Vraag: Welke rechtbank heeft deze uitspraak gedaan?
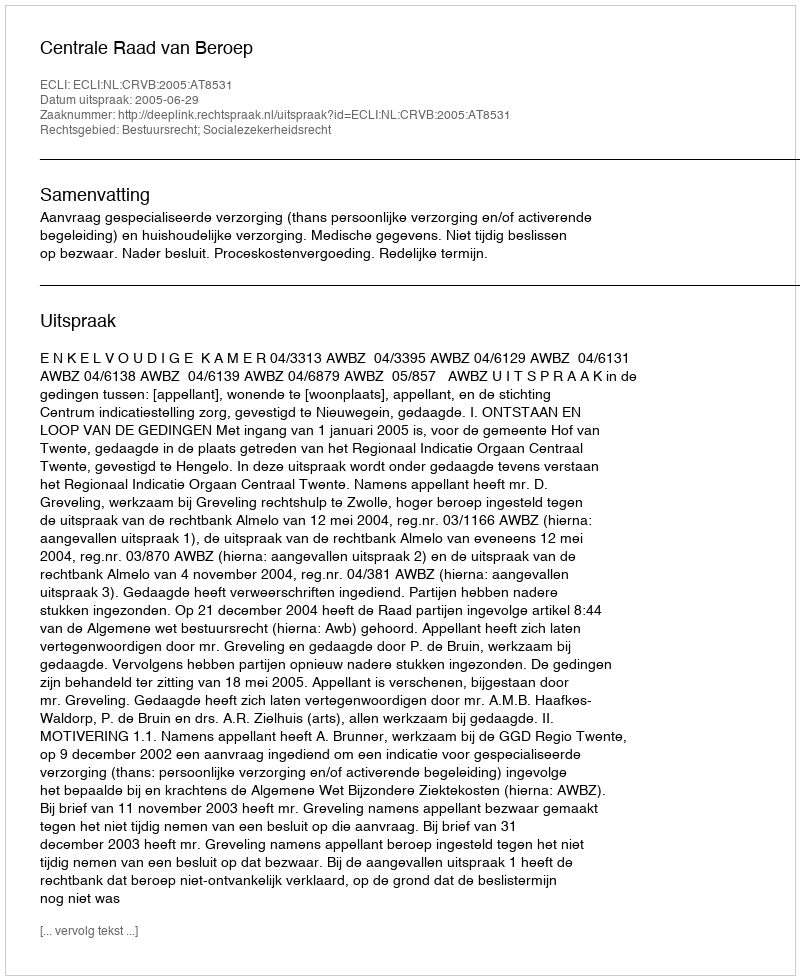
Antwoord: Centrale Raad van Beroep